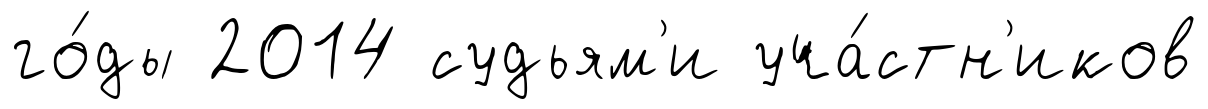
го́ды 2014 судьям'и уча́стн'иков